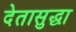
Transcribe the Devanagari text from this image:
देतासुद्धा